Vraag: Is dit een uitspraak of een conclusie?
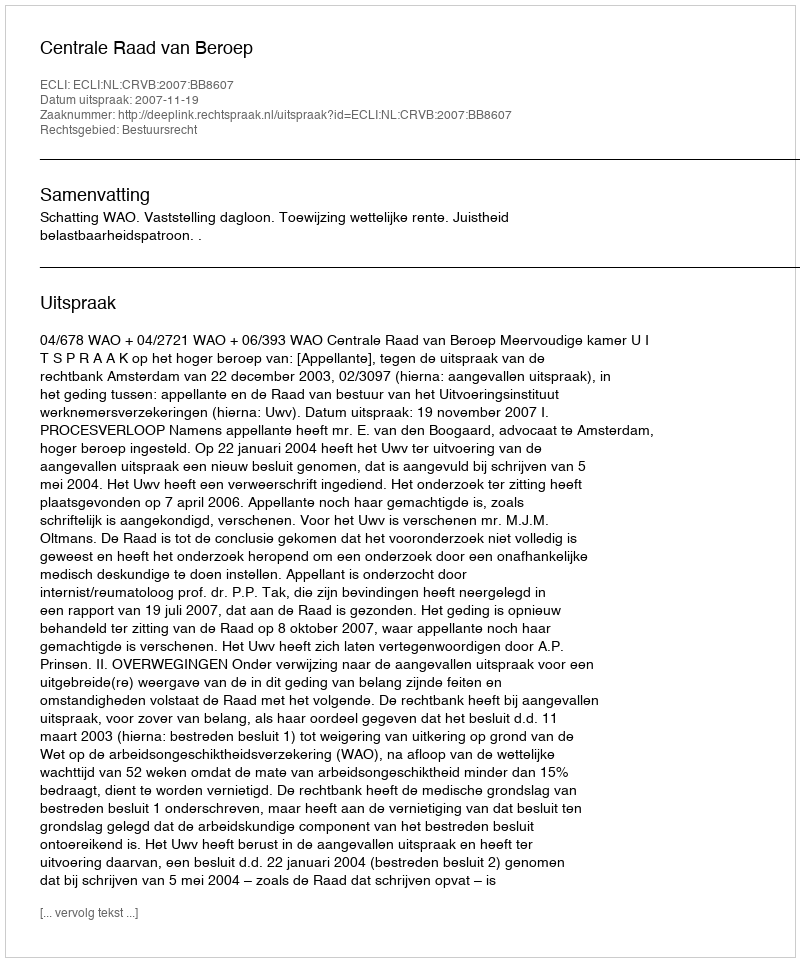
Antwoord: Uitspraak